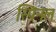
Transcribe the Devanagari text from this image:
स्पिनल